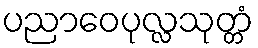
ပညာဝေပုလ္လသုတ္တံ